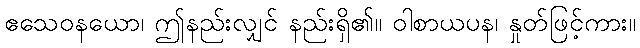
ဧသေဝနယော၊ ဤနည်းလျှင် နည်းရှိ၏။ ဝါစာယပန၊ နှုတ်ဖြင့်ကား။